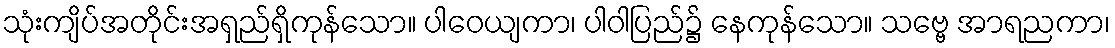
သုံးကျိပ်အတိုင်းအရှည်ရှိကုန်သော။ ပါဝေယျကာ၊ ပါဝါပြည်၌ နေကုန်သော။ သဗ္ဗေ အာရညကာ၊